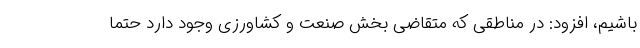
باشیم، افزود: در مناطقی که متقاضی بخش صنعت و کشاورزی وجود دارد حتما